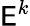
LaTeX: \mathsf{E}^{k}